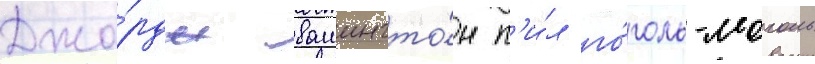
Джо́рдж вашингто́н п'и́л го́голь-моголь